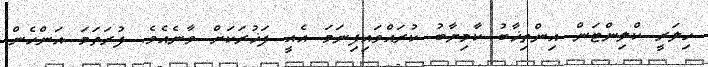
ހިލަރީ ކްލިންޓަން އިންތިޚާބު ކާމިޔާބު ކުރައްވައިފިނަމަ އެއީ ފަޚުރަކަށް ވާނެއެވެ. ފުރަތަމަ އަންހެން